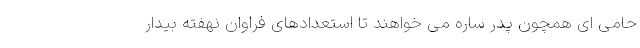
حامی ای همچون پدر ساره می خواهند تا استعدادهای فراوان نهفته بیدار